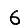
Digit: 6